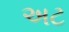
અટ